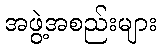
အဖွဲ့အစည်းများ